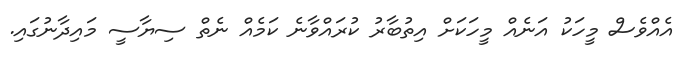
އެއްވެސް މީހަކު އަނެއް މީހަކަށް އިތުބާރު ކުރައްވާނެ ކަމެއް ނެތް ސިޔާސީ މައިދާނުގައި.